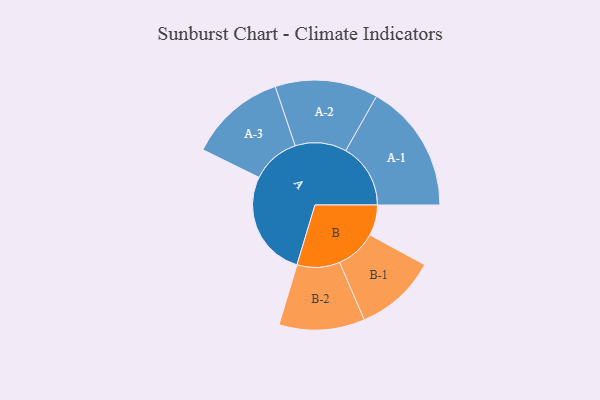
{"axis": {"x": "Segment", "y": "Value"}, "legend": ["", "A", "B"], "data": [{"x": "A", "y": 383, "type": ""}, {"x": "B", "y": 110, "type": ""}, {"x": "A-1", "y": 233, "type": "A"}, {"x": "A-2", "y": 185, "type": "A"}, {"x": "A-3", "y": 174, "type": "A"}, {"x": "B-1", "y": 147, "type": "B"}, {"x": "B-2", "y": 154, "type": "B"}]}